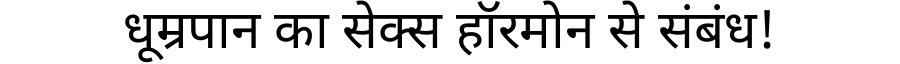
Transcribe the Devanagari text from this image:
धूम्रपान का सेक्स हॉरमोन से संबंध!